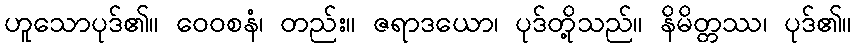
ဟူသောပုဒ်၏။ ဝေဝစနံ၊ တည်း။ ဇရာဒယော၊ ပုဒ်တို့သည်။ နိမိတ္တဿ၊ ပုဒ်၏။